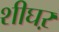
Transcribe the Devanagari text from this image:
शीघऱ